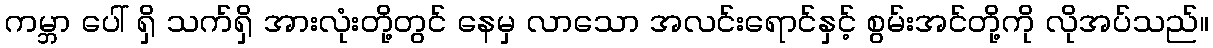
ကမ္ဘာ ပေါ် ရှိ သက်ရှိ အားလုံးတို့တွင် နေမှ လာသော အလင်းရောင်နှင့် စွမ်းအင်တို့ကို လိုအပ်သည်။